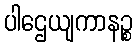
ပါဌေယျကာနဉ္စ